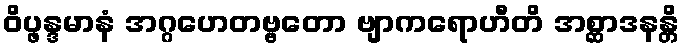
ဝိပ္ဖန္ဒမာနံ အဂ္ဂဟေတဗ္ဗတော ဗျာကရောဟီတိ အစ္ဆာဒနန္တိ